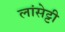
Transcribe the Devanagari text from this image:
लांसेट्टी